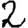
Digit: 2